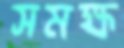
সমক্ষ